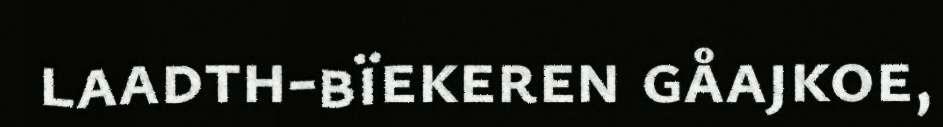
laadth-bïekeren gåajkoe,